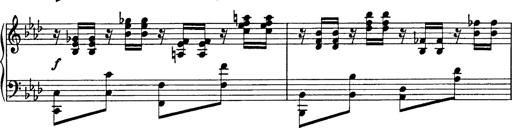
Title: 8 Variations
Composer: Franz Liszt
Key: A-flat major